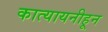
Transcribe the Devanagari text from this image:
कात्यायनीहून